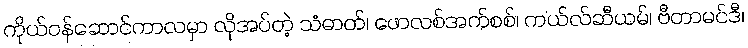
ကိုယ်ဝန်ဆောင်ကာလမှာ လိုအပ်တဲ့ သံဓာတ်၊ ဖောလစ်အက်စစ်၊ ကယ်လ်ဆီယမ်၊ ဗီတာမင်ဒီ၊